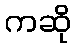
ကဆို